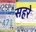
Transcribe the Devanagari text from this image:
सहरे